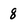
Character: 8